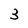
Character: 3